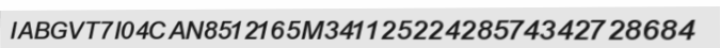
IABGVT7I04CAN8512165M34112522428574342728684